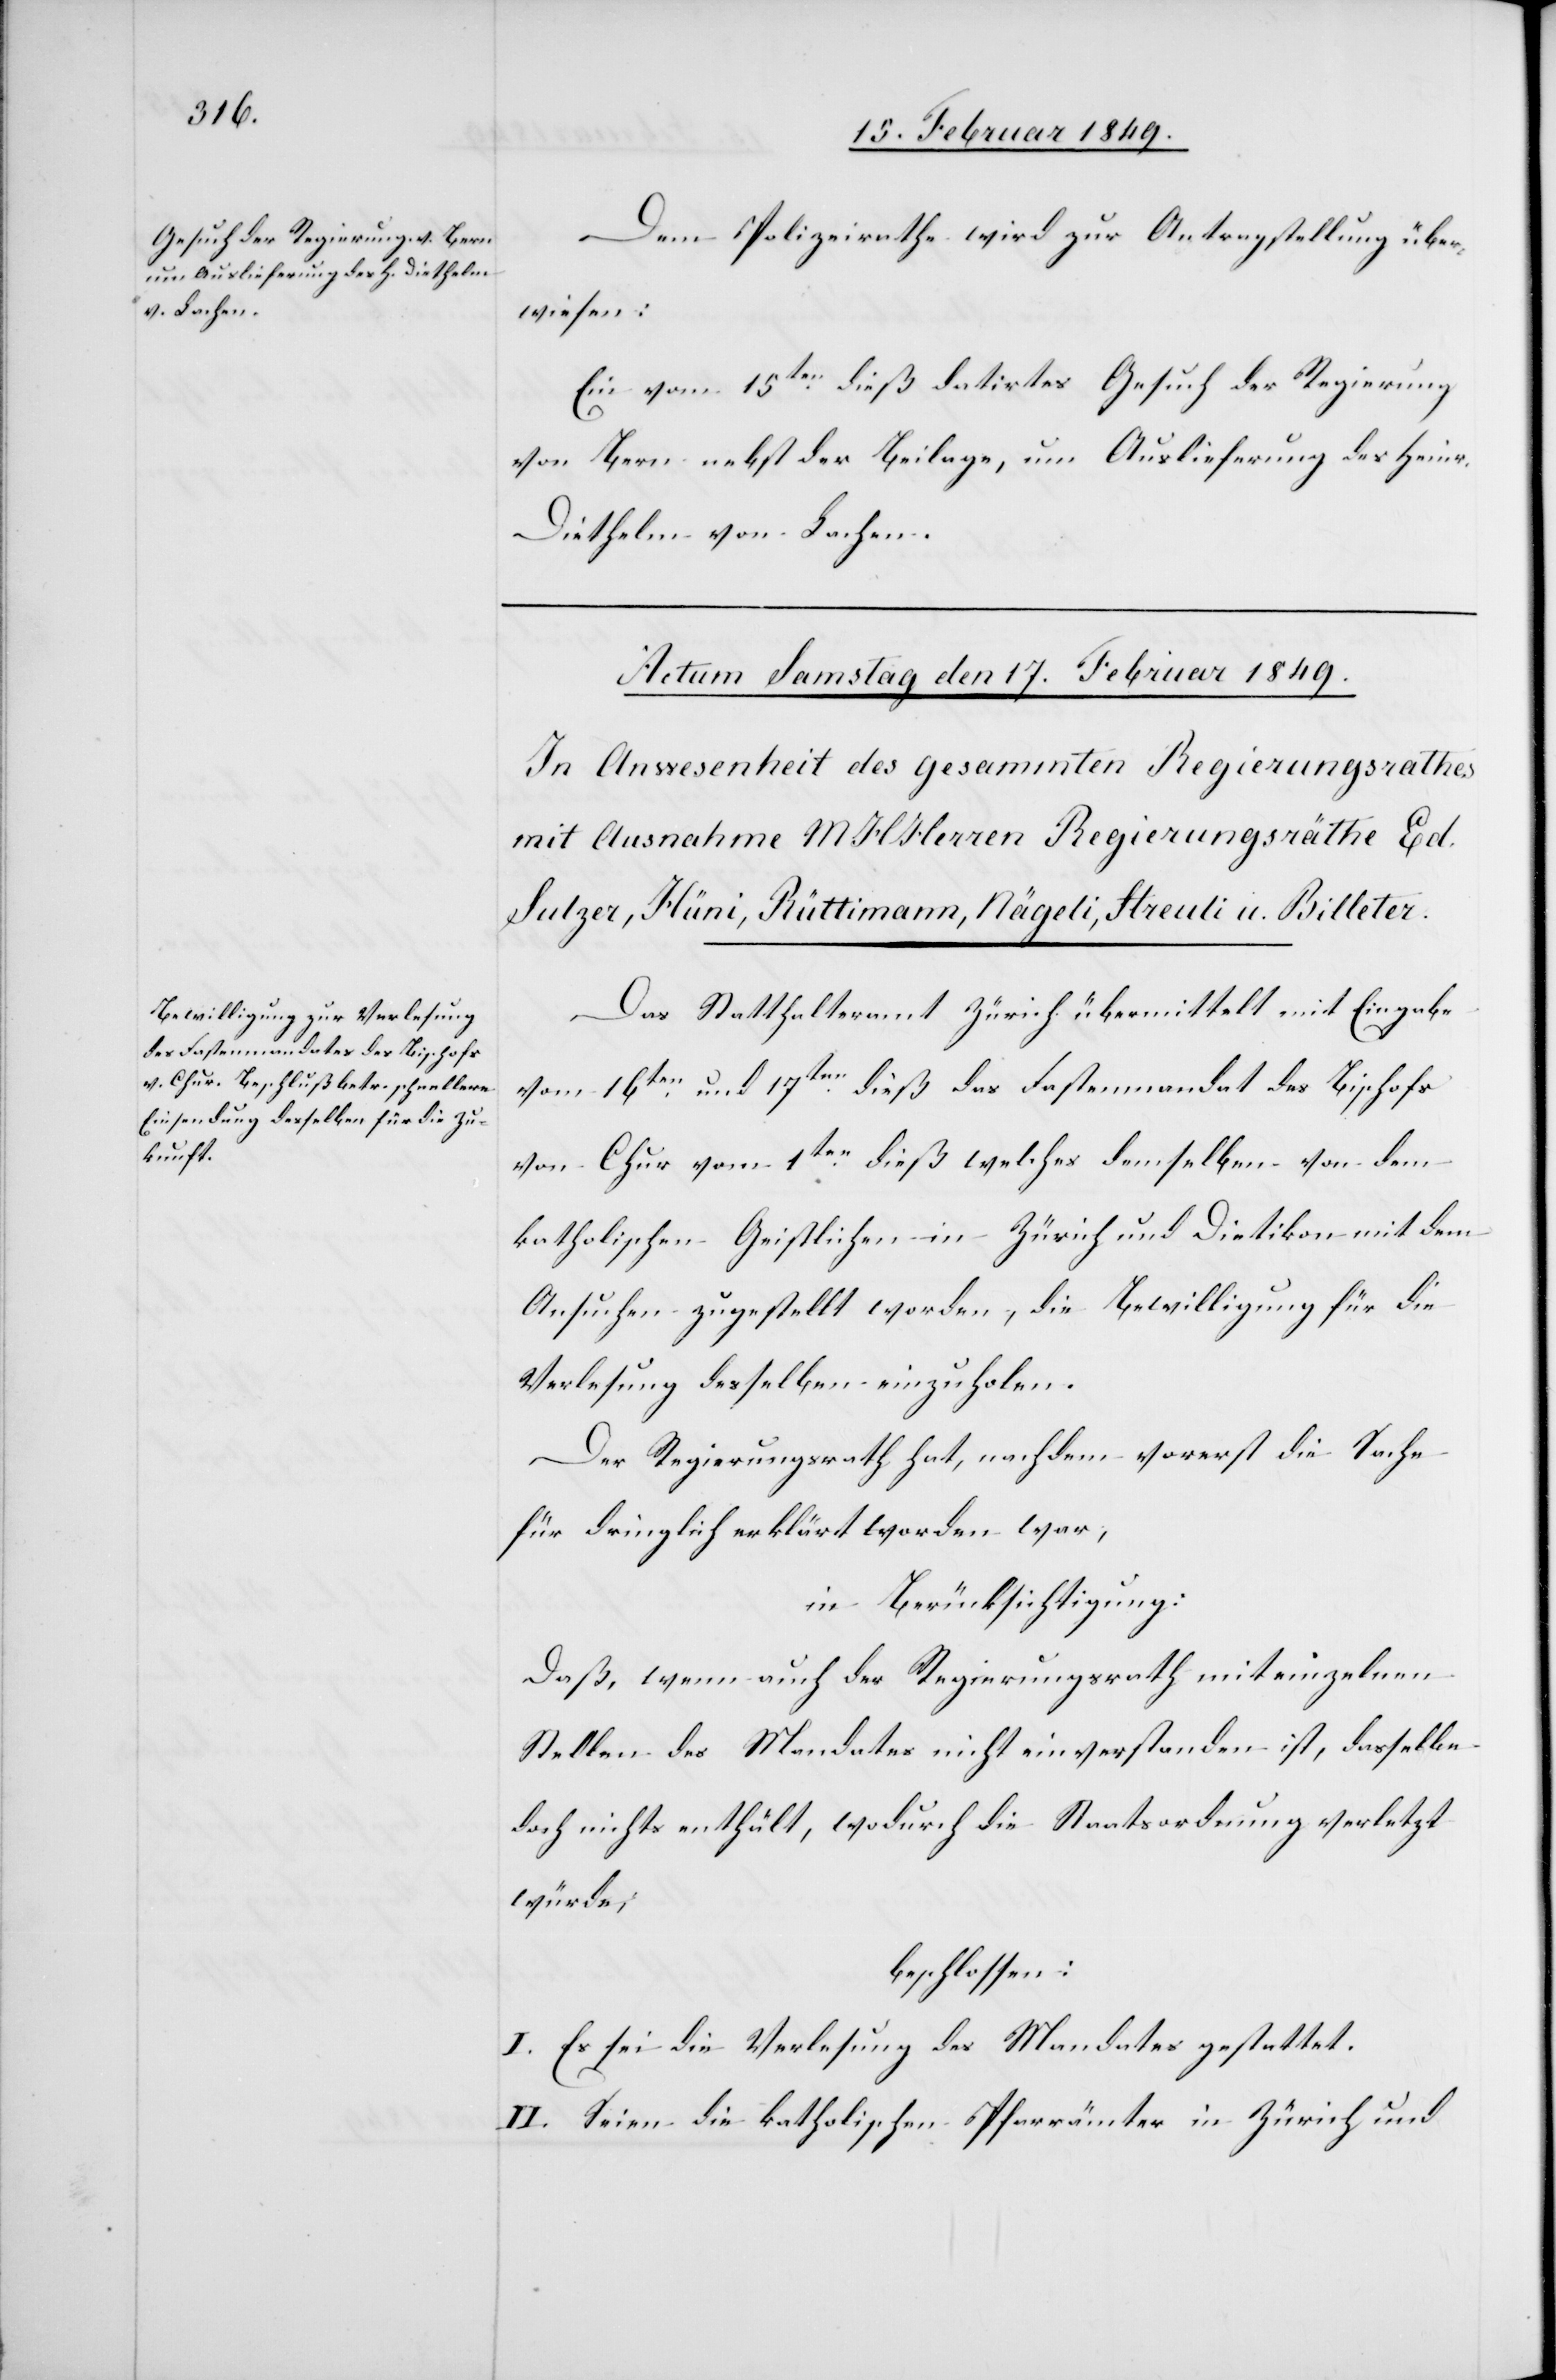
Dem Polizeirathe wird zur Antragstellung über¬
wiesen:
Ein vom 15ten. dieß datirtes Gesuch der Regierung
von Bern nebst der Beilage, um Auslieferung des Heinr.
Diethelm von Lachen.
Das Statthalteramt Zürich übermittelt mit Eingabe
vom 16ten. und 17ten. dieß das Fastenmandat des Bischofs
von Chur vom 1ten. dieß welches demselben von dem
katholischen Geistlichen in Zürich und Dietikon mit dem
Ansuchen zugestellt worden, die Bewilligung für die
Verlesung desselben einzuholen.
Der Regierungsrath hat, nachdem vorerst die Sache
für dringlich erklärt worden war,
in Berücksichtigung:
daß, wenn auch der Regierungsrath mit einzelnen
Stelles des Mandates nicht einverstanden ist, dasselbe
doch nichts enthält, wodurch die Staatsordnung verletzt
würde;
beschlossen:
I. Es sei die Verlesung des Mandates gestattet.
II. Seien die katholischen Pfarrämter in Zürich und